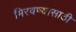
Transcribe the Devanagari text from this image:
मिरवण्यासाठी